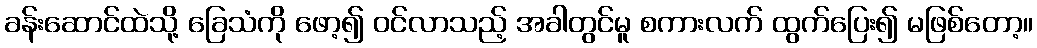
ခန်းဆောင်ထဲသို့ ခြေသံကို ဖော့၍ ဝင်လာသည့် အခါတွင်မူ စကားလက် ထွက်ပြေး၍ မဖြစ်တော့။